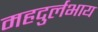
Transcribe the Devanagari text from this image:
महदुर्लभाय